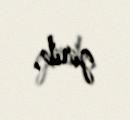
girib.